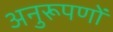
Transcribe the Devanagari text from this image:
अनुरूपणों